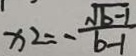
x _ { 2 } = - \frac { \sqrt { b - 1 } } { b - 1 }